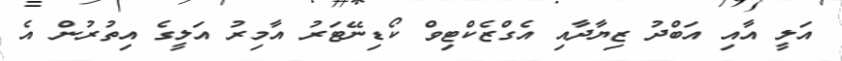
އަލީ އާއި އަބްދު ޒިޔާދާއި އެގްޒެކްޓިވް ކޯޑިނޭޓަރު އާމިރު އަލީގެ އިތުރުން އެ